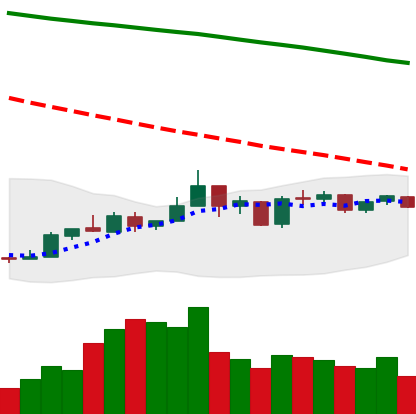
Ticker: NEO-USD
Chart end date: 2019-01-03
Forward return: 19.488%
Label: up_7plus